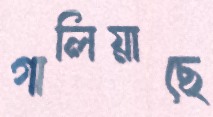
গালিয়াছে